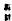
: